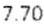
7.70